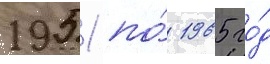
1951 по́ 1965 го́д